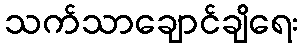
သက်သာချောင်ချိရေး